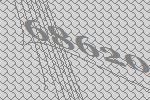
68620